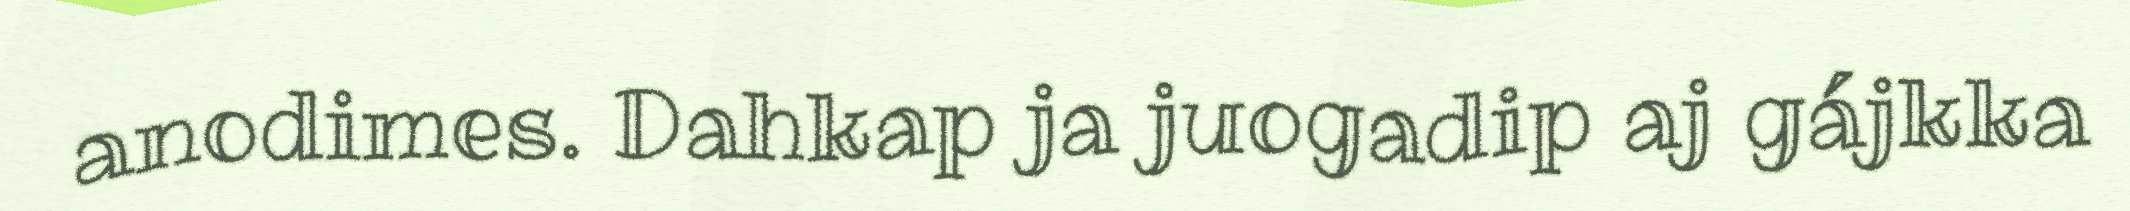
anodimes. Dahkap ja juogadip aj gájkka